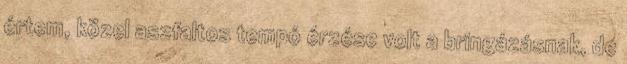
értem, közel aszfaltos tempó érzése volt a bringázásnak, de